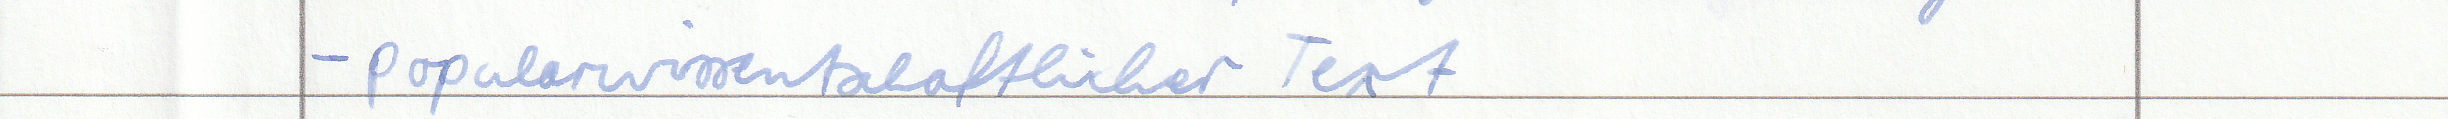
- popularwissentschaftlicher Text